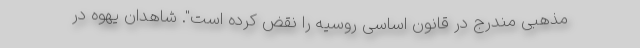
مذهبی مندرج در قانون اساسی روسیه را نقض کرده است". شاهدان یهوه در